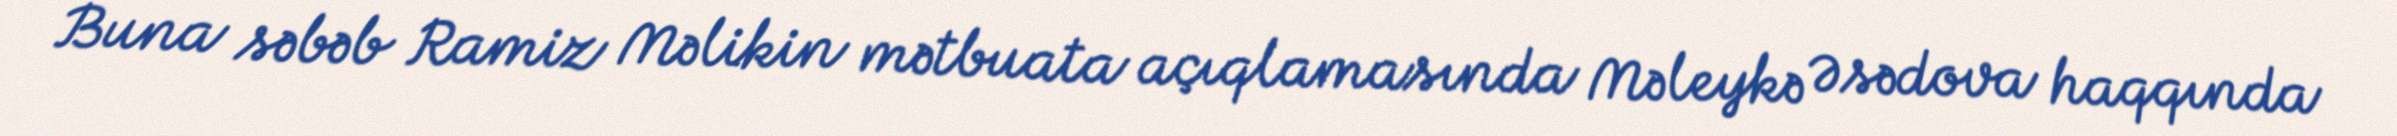
Buna səbəb Ramiz Məlikin mətbuata açıqlamasında Məleykə Əsədova haqqında